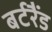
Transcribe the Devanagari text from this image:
बर्टरैंड